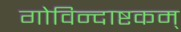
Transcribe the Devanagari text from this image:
गोविन्दाष्टकम्‌